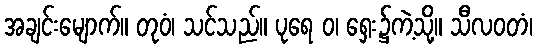
အချင်းမျောက်။ တုဝံ၊ သင်သည်။ ပုရေ ဝ၊ ရှေး၌ကဲ့သို့။ သီလဝတံ၊